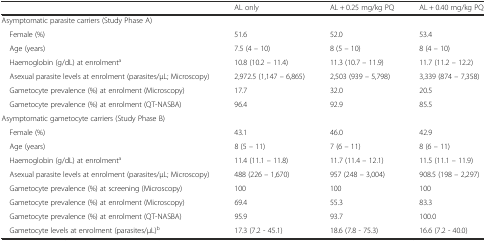
<table><thead><tr><td></td><td><b>AL only</b></td><td><b>AL + 0.25 mg/kg PQ</b></td><td><b>AL + 0.40 mg/kg PQ</b></td></tr></thead><tbody><tr><td colspan="4">Asymptomatic parasite carriers (Study Phase A)</td></tr><tr><td> Female (%)</td><td>51.6</td><td>52.0</td><td>53.4</td></tr><tr><td> Age (years)</td><td>7.5 (4 – 10)</td><td>8 (5 – 10)</td><td>8 (4 – 10)</td></tr><tr><td> Haemoglobin (g/dL) at enrolment<sup>a</sup></td><td>10.8 (10.2 – 11.4)</td><td>11.3 (10.7 – 11.9)</td><td>11.7 (11.2 – 12.2)</td></tr><tr><td> Asexual parasite levels at enrolment (parasites/μL; Microscopy)</td><td>2,972.5 (1,147 – 6,865)</td><td>2,503 (939 – 5,798)</td><td>3,339 (874 – 7,358)</td></tr><tr><td> Gametocyte prevalence (%) at enrolment (Microscopy)</td><td>17.7</td><td>32.0</td><td>20.5</td></tr><tr><td> Gametocyte prevalence (%) at enrolment (QT-NASBA)</td><td>96.4</td><td>92.9</td><td>85.5</td></tr><tr><td colspan="4">Asymptomatic gametocyte carriers (Study Phase B)</td></tr><tr><td> Female (%)</td><td>43.1</td><td>46.0</td><td>42.9</td></tr><tr><td> Age (years)</td><td>8 (5 – 11)</td><td>7 (6 – 11)</td><td>8 (6 – 11)</td></tr><tr><td> Haemoglobin (g/dL) at enrolment<sup>a</sup></td><td>11.4 (11.1 – 11.8)</td><td>11.7 (11.4 – 12.1)</td><td>11.5 (11.1 – 11.9)</td></tr><tr><td> Asexual parasite levels at enrolment (parasites/μL; Microscopy)</td><td>488 (226 – 1,670)</td><td>957 (248 – 3,004)</td><td>908.5 (198 – 2,297)</td></tr><tr><td> Gametocyte prevalence (%) at screening (Microscopy)</td><td>100</td><td>100</td><td>100</td></tr><tr><td> Gametocyte prevalence (%) at enrolment (Microscopy)</td><td>69.4</td><td>55.3</td><td>83.3</td></tr><tr><td> Gametocyte prevalence (%) at enrolment (QT-NASBA)</td><td>95.9</td><td>93.7</td><td>100.0</td></tr><tr><td> Gametocyte levels at enrolment (parasites/μL)<sup>b</sup></td><td>17.3 (7.2 - 45.1)</td><td>18.6 (7.8 - 75.3)</td><td>16.6 (7.2 - 40.0)</td></tr></tbody></table>